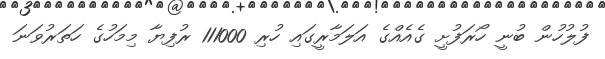
ފުލުހުން ބުނީ ހޯރަފުށީ ގެއެއްގެ އަލަމާރީގައި ހުރި 111000 ރުފިޔާ މިމަހުގެ ހަތަރުވަނަ